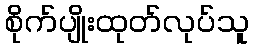
စိုက်ပျိုးထုတ်လုပ်သူ